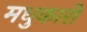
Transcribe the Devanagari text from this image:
मधुकारी